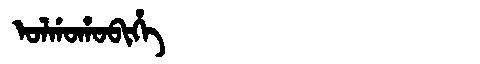
Manchu: ᠣᠯᡤᠣᡥᠣᠪᡳᡥᡝ
Romanization: OLGOHOBIHE